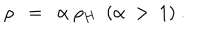
\rho \ \ = \ \ \alpha \ \rho _ { H } \ \ ( \alpha \ > \ 1 ) \ .